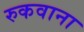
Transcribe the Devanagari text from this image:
रुकवाना